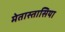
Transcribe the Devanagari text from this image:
मेतास्तासिया